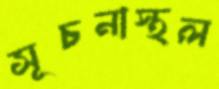
সূচনাস্থল